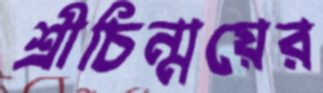
শ্রীচিন্ময়ের